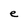
Character: e